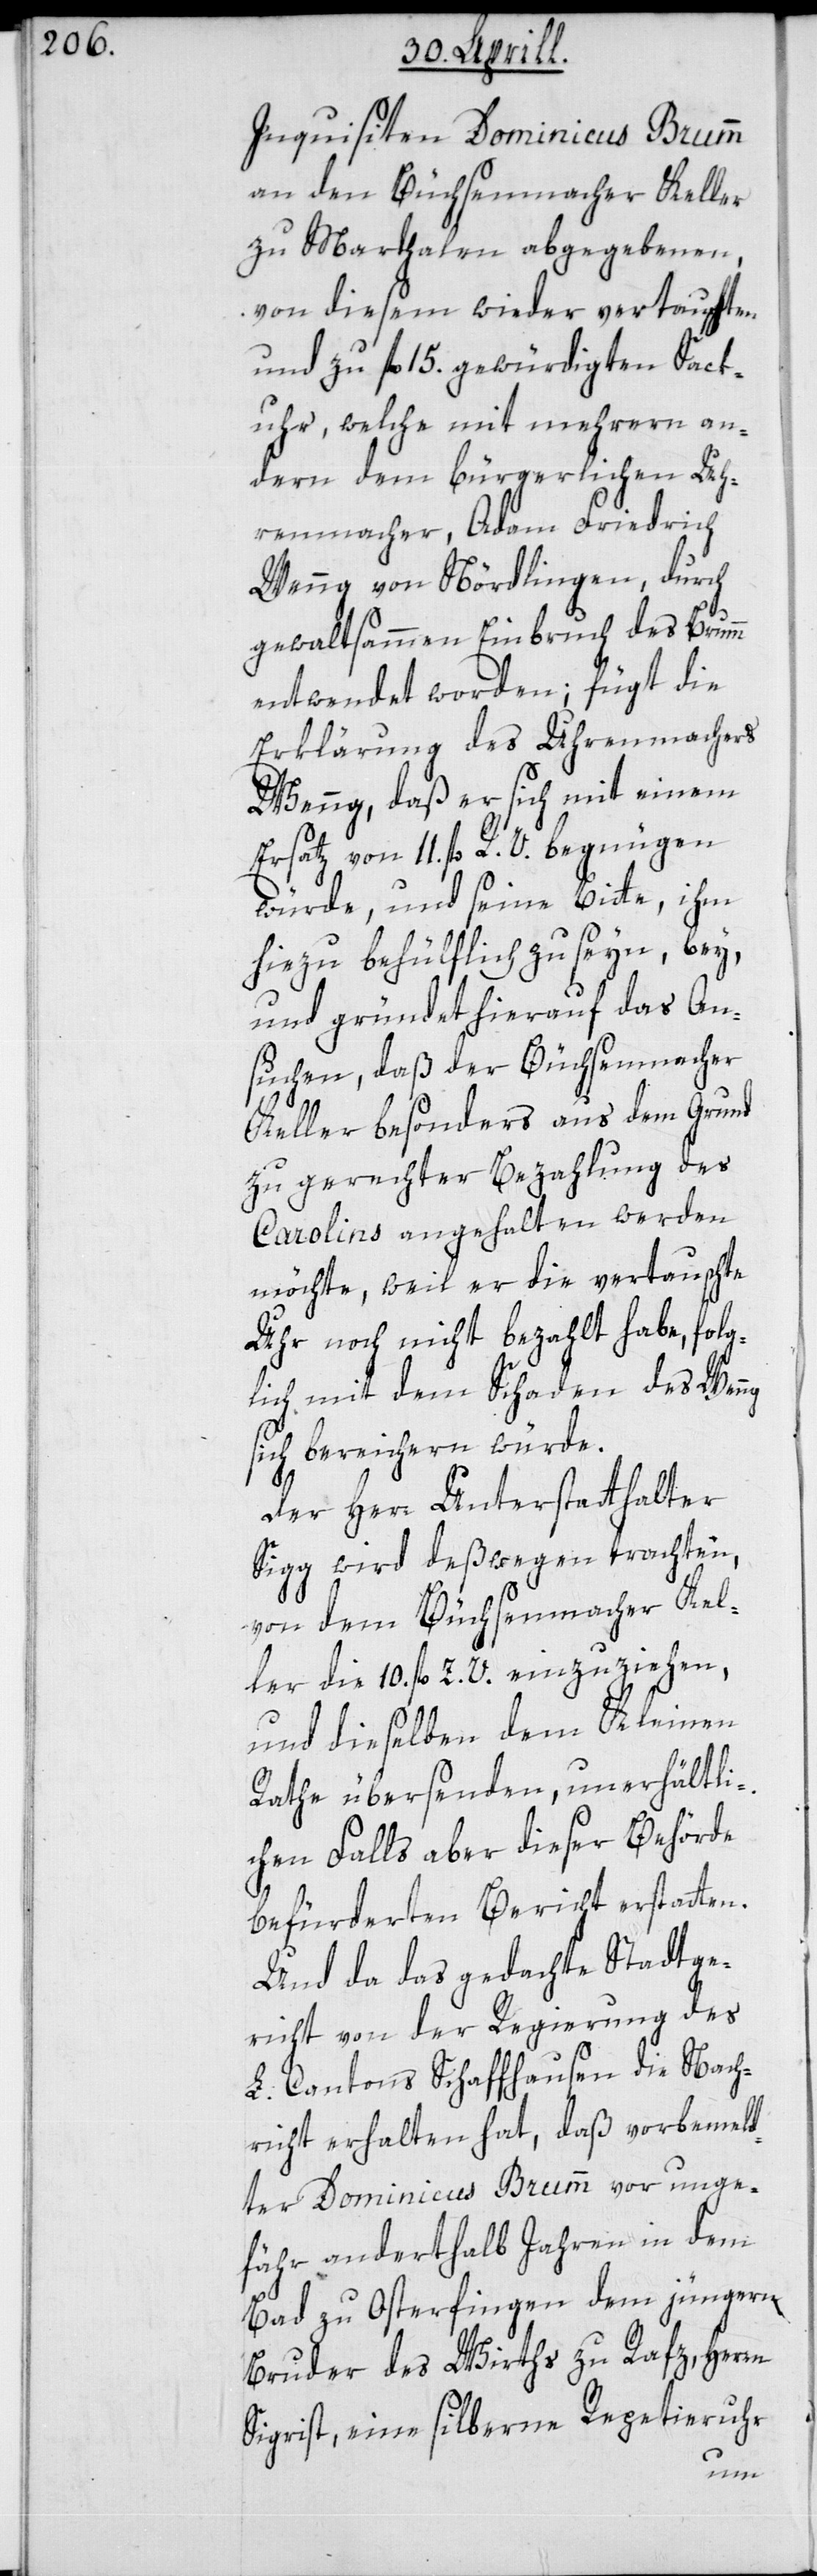
Inquisiten Dominicus Brumm
an den Büchsenmacher Keller
zu Marthalen abgegebenen,
von diesem wieder vertauschten
und zu fl. 15. gewürdigten Sack¬
uhr, welche mit mehrern an¬
dern dem bürgerlichen Uh¬
renmacher Adam Friedrich
Wenng von Nördlingen, durch
gewaltsammen Einbruch des Brumm
entwendet worden; fügt die
Erklärung des Uhrenmachers
Wenng, daß er sich mit einem
Ersatz von 11. fl. R. V. begnügen
würde, und seine Bitte, ihm
hiezu behülflich zu seyn, bey,
und gründet hierauf das An¬
suchen, daß der Büchsenmacher
Keller besonders aus dem Grund
zu gerechter Bezahlung des
Carolins angehalten werden
möchte, weil er die vertauschte
Uhr noch nicht bezahlt habe, folg¬
lich mit dem Schaden des Wenng
sich bereichern würde.
Der Herr Unterstatthalter
Sigg wird deßwegen trachten,
von dem Büchsenmacher Kel¬
ler die 10. fl. Z. V. einzuziehen,
und dieselben dem Kleinen
Rathe übersenden, unerhältli¬
chen Falls aber dieser Behörde
befürderten Bericht erstatten.
Und da das gedachte Stadtge¬
richt von der Regierung des
L. Cantons Schaffhausen die Nach¬
richt erhalten hat, daß vorbemel¬
dter Dominicus Brumm vor unge¬
fähr anderthalb Jahren in dem
Bad zu Osterfingen dem jüngern
Bruder des Wirths zu Rafz, Herr¬
Sigrist, eine silberne Repertieruhr
en